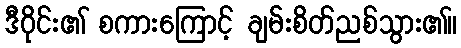
ဒီဝိုင်း၏ စကားကြောင့် ချမ်းစိတ်ညစ်သွား၏။